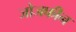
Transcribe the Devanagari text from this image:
जोजफीन